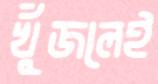
খুঁজলেই